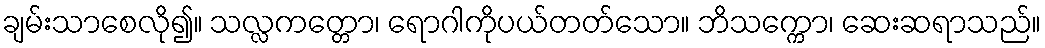
ချမ်းသာစေလို၍။ သလ္လကတ္တော၊ ရောဂါကိုပယ်တတ်သော။ ဘိသက္ကော၊ ဆေးဆရာသည်။